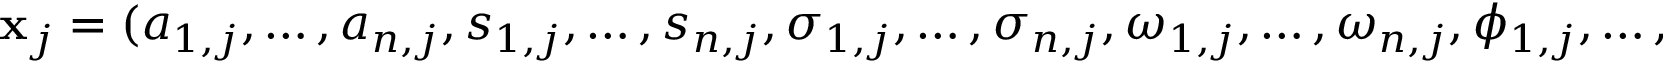
\ensuremath { \mathbf { x } } _ { j } = ( a _ { 1 , j } , \dots , a _ { n , j } , s _ { 1 , j } , \dots , s _ { n , j } , \sigma _ { 1 , j } , \dots , \sigma _ { n , j } , \omega _ { 1 , j } , \dots , \omega _ { n , j } , \phi _ { 1 , j } , \dots , \phi _ { n , j } )